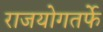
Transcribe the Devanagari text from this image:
राजयोगतर्फे